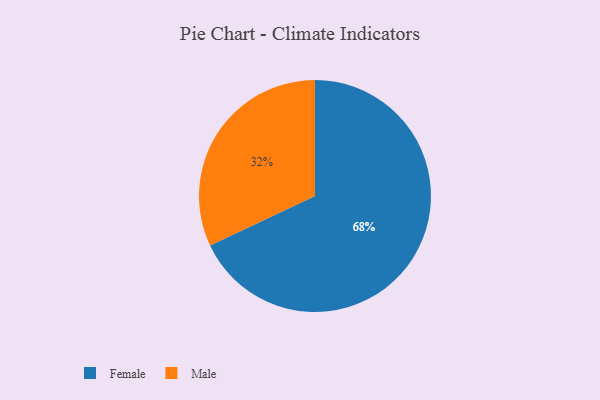
{"axis": {"x": "Category", "y": "Percentage"}, "legend": ["Female", "Male"], "data": [{"x": "Female", "y": 68, "type": "Female"}, {"x": "Male", "y": 32, "type": "Male"}]}